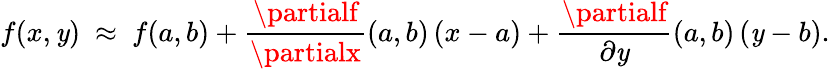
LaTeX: f(x,\mathit{y})\ \approx\ f(a,b)+{\frac{{\partialf}}{{\partialx}}}(a,b)\, (x-a)+{\frac{{\partialf}}{{\partial\mathit{y}}}}(a,b)\, (\mathit{y}-b).